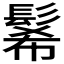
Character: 𩭉